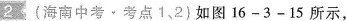
2 (海南中考\bullet考点1、2)如图16-3-15所示，